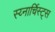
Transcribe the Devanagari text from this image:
स्य्नार्चिस्ट्स